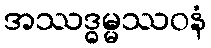
အဿဒ္ဓမ္မဿဝနံ